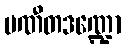
ပဏီတဒဏ္ဍော